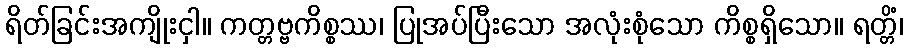
ရိတ်ခြင်းအကျိုးငှါ။ ကတ္တဗ္ဗကိစ္စဿ၊ ပြုအပ်ပြီးသော အလုံးစုံသော ကိစ္စရှိသော။ ရတ္တိံ၊